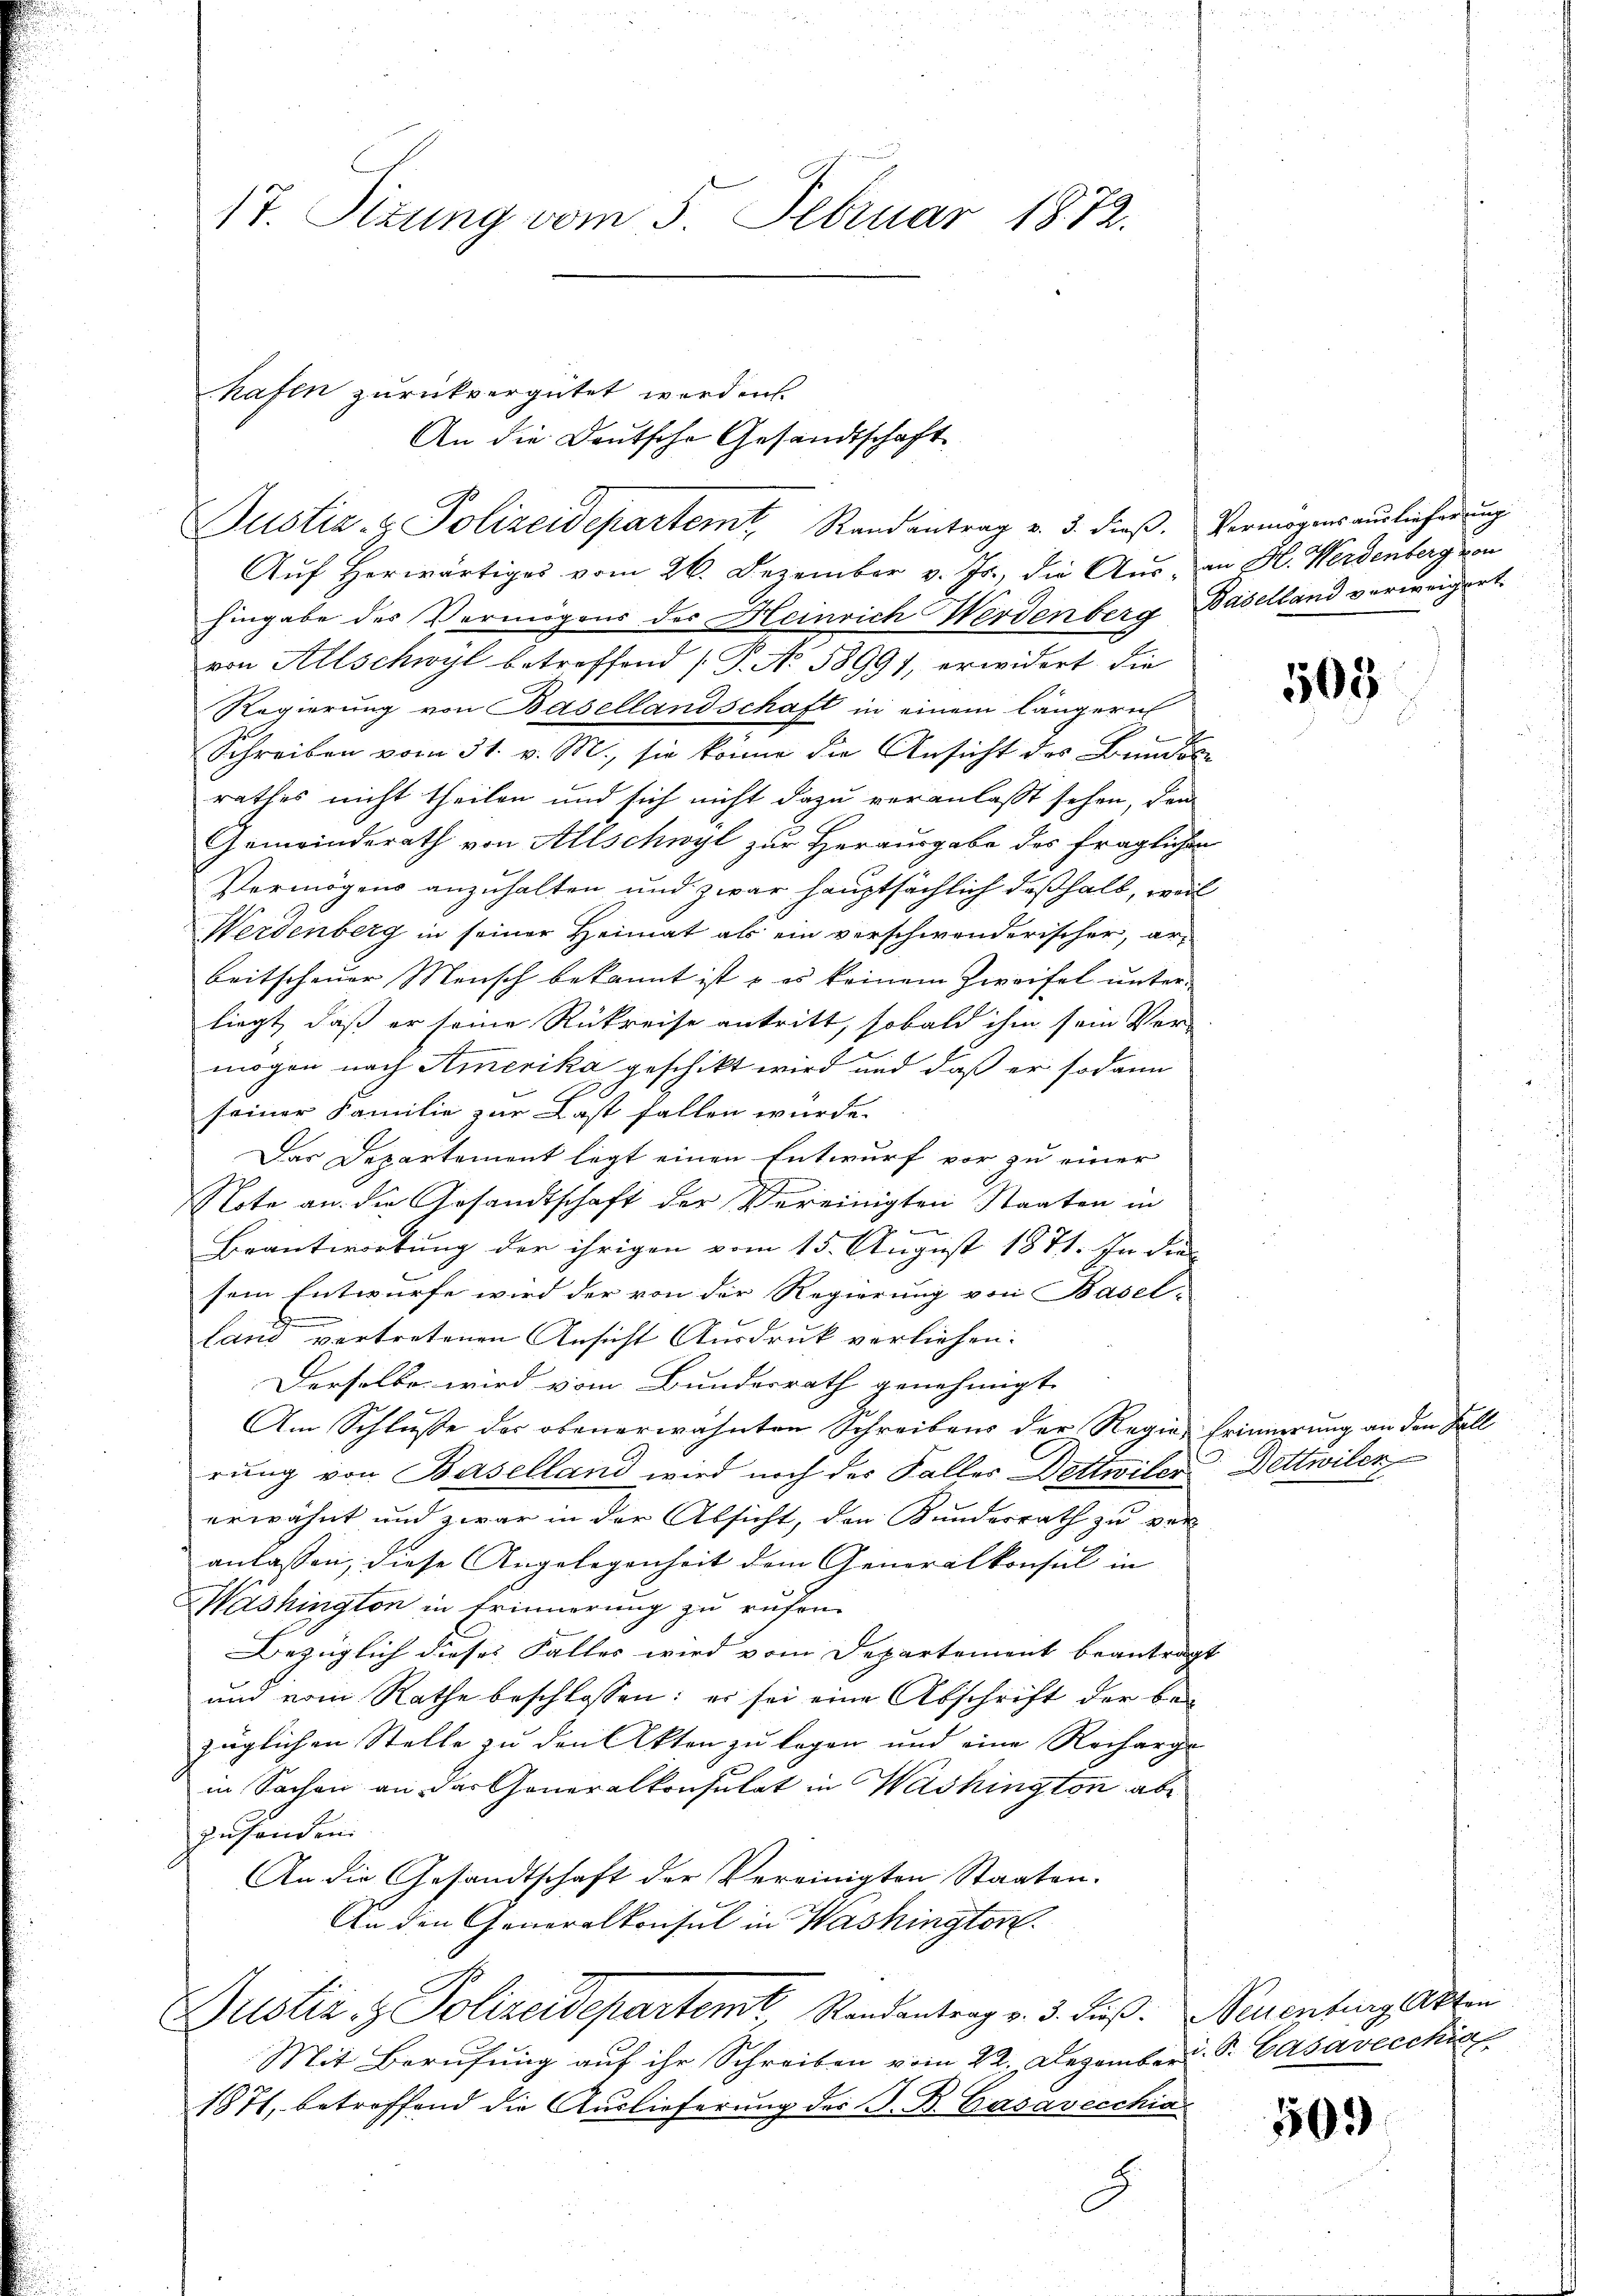
17. Sizung vom 5. Februar 1872.

hafen zurückvergütet werden.
An die Deutsche Gesandtschaft
Auf Herwärtiges vom 26. Dezember v. Js., die Aus an H. Werdenberg von
hingabe des Vermögens der Heinrich Werdenberg, Baselland verweigert.
von Allschwyl betreffend (P. No 58991, erwidert die
Regierung von Basellandschaft in einem längern
Schreiben vom 31. v. M., sie könne die Ansicht des Bundete
rathes nicht theilen und sich nicht dazu veranlaßt sehen, dann
Gemeinderath von Allschwyl zur Herausgabe des fraglichen
Vermögens anzuhalten und zwar hauptsächlich deßhalb, wel
Werdenberg in seiner Heimat als ein verschwenderischer, arbeitscheuer Mensch bekannt ist & es keinem Zweifel unter-
liegt, daß er seine Rükreise antritt, sobald ihm sein Vor-
mögen nach Amerika geschikt wird und daß er sodann
seiner Familie zur Last fallen würde.
Das Departement legt einen Entwurf vor zu einer
Note an die Gesandtschaft der Vereinigten Staaten in
e
Beantwortung der ihrigen vom 15. August 1871. In die
sem Entwurfe wird der von der Regierung von Basel-
land vertretenen Ansicht Ausdruck verliehen:
Derselbe wird vom Bundesrath genehmigt
Am Schluße der obenerwähnten Schreibens der Regia, Erinnerung an den Fall
rŭng von Baselland wird noch der Falles Dettwiler Dettwilen
erwähnt und zwar in der Absicht, den Kundesrath zu ver-
anlassen, diese Angelegenheit dem Generalkonsul in
Washington in Erinnerung zu rufen
Bezüglich dieses Falles wird vom Departement beantragt
und vom Rathe beschlossen: es sei eine Abschrift der bezüglichen Stelle zu den Akten zu legen und eine Recharge
in Sachen an der Generalkonsulat in Washington abzusenden:
An die Gesandtschaft der Vereinigten Staaten.
An den Generalkonsul in Washington
Justiz- & Polizeidepartemt Randantrag v. 3. dieß. Neuenburgelasten
Mit Berufung auf ihr Schreiben vom 22. Dezember. S. Casavecchia
1871, betreffend die Auslieferung des G. B. Gasavecchia
G

Justiz- & Polizeidepartemt, Randantrag v. 5. dieβ. Vermögensaŭslieferŭng

505

509